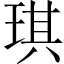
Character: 琪